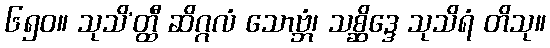
၆၅၀။ သုသိ’တ္ထီ ဆိဂ္ဂလံ သောဗ္ဘံ၊ သစ္ဆိဒ္ဒေ သုသိရံ တိသု။